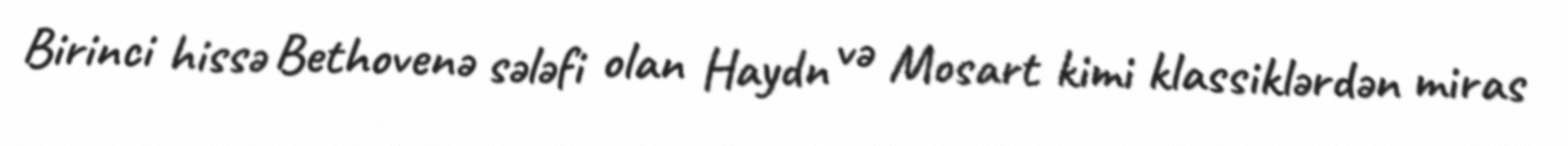
Birinci hissə Bethovenə sələfi olan Haydn və Mosart kimi klassiklərdən miras